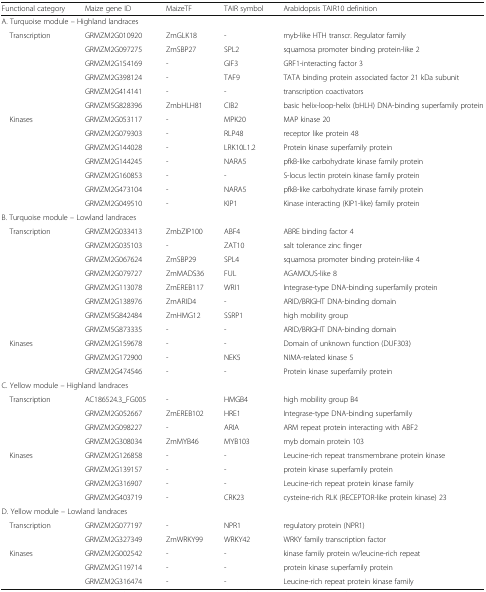
<table><thead><tr><td><b>Functional category</b></td><td><b>Maize gene ID</b></td><td><b>MaizeTF</b></td><td><b>TAIR symbol</b></td><td><b>Arabidopsis TAIR10 definition</b></td></tr></thead><tbody><tr><td colspan="5">A. Turquoise module – Highland landraces</td></tr><tr><td rowspan="6"> Transcription</td><td>GRMZM2G010920</td><td>ZmGLK18</td><td>-</td><td>myb-like HTH transcr. Regulator family</td></tr><tr><td>GRMZM2G097275</td><td>ZmSBP27</td><td>SPL2</td><td>squamosa promoter binding protein-like 2</td></tr><tr><td>GRMZM2G154169</td><td>-</td><td>GIF3</td><td>GRF1-interacting factor 3</td></tr><tr><td>GRMZM2G398124</td><td>-</td><td>TAF9</td><td>TATA binding protein associated factor 21 kDa subunit</td></tr><tr><td>GRMZM2G414141</td><td>-</td><td>-</td><td>transcription coactivators</td></tr><tr><td>GRMZM5G828396</td><td>ZmbHLH81</td><td>CIB2</td><td>basic helix-loop-helix (bHLH) DNA-binding superfamily protein</td></tr><tr><td rowspan="7"> Kinases</td><td>GRMZM2G053117</td><td>-</td><td>MPK20</td><td>MAP kinase 20</td></tr><tr><td>GRMZM2G079303</td><td>-</td><td>RLP48</td><td>receptor like protein 48</td></tr><tr><td>GRMZM2G144028</td><td>-</td><td>LRK10L1.2</td><td>Protein kinase superfamily protein</td></tr><tr><td>GRMZM2G144245</td><td>-</td><td>NARA5</td><td>pfkB-like carbohydrate kinase family protein</td></tr><tr><td>GRMZM2G160853</td><td>-</td><td>-</td><td>S-locus lectin protein kinase family protein</td></tr><tr><td>GRMZM2G473104</td><td>-</td><td>NARA5</td><td>pfkB-like carbohydrate kinase family protein</td></tr><tr><td>GRMZM2G049510</td><td>-</td><td>KIP1</td><td>Kinase interacting (KIP1-like) family protein</td></tr><tr><td colspan="5">B. Turquoise module – Lowland landraces</td></tr><tr><td rowspan="8"> Transcription</td><td>GRMZM2G033413</td><td>ZmbZIP100</td><td>ABF4</td><td>ABRE binding factor 4</td></tr><tr><td>GRMZM2G035103</td><td>-</td><td>ZAT10</td><td>salt tolerance zinc finger</td></tr><tr><td>GRMZM2G067624</td><td>ZmSBP29</td><td>SPL4</td><td>squamosa promoter binding protein-like 4</td></tr><tr><td>GRMZM2G079727</td><td>ZmMADS36</td><td>FUL</td><td>AGAMOUS-like 8</td></tr><tr><td>GRMZM2G113078</td><td>ZmEREB117</td><td>WRI1</td><td>Integrase-type DNA-binding superfamily protein</td></tr><tr><td>GRMZM2G138976</td><td>ZmARID4</td><td>-</td><td>ARID/BRIGHT DNA-binding domain</td></tr><tr><td>GRMZM5G842484</td><td>ZmHMG12</td><td>SSRP1</td><td>high mobility group</td></tr><tr><td>GRMZM5G873335</td><td>-</td><td>-</td><td>ARID/BRIGHT DNA-binding domain</td></tr><tr><td rowspan="3"> Kinases</td><td>GRMZM2G159678</td><td>-</td><td>-</td><td>Domain of unknown function (DUF303)</td></tr><tr><td>GRMZM2G172900</td><td>-</td><td>NEK5</td><td>NIMA-related kinase 5</td></tr><tr><td>GRMZM2G474546</td><td>-</td><td>-</td><td>Protein kinase superfamily protein</td></tr><tr><td colspan="5">C. Yellow module – Highland landraces</td></tr><tr><td rowspan="4"> Transcription</td><td>AC186524.3_FG005</td><td>-</td><td>HMGB4</td><td>high mobility group B4</td></tr><tr><td>GRMZM2G052667</td><td>ZmEREB102</td><td>HRE1</td><td>Integrase-type DNA-binding superfamily</td></tr><tr><td>GRMZM2G098227</td><td>-</td><td>ARIA</td><td>ARM repeat protein interacting with ABF2</td></tr><tr><td>GRMZM2G308034</td><td>ZmMYB46</td><td>MYB103</td><td>myb domain protein 103</td></tr><tr><td rowspan="2"> Kinases</td><td>GRMZM2G126858</td><td>-</td><td>-</td><td>Leucine-rich repeat transmembrane protein kinase</td></tr><tr><td>GRMZM2G139157</td><td>-</td><td>-</td><td>protein kinase superfamily protein</td></tr><tr><td>[EMPTY_CELL]</td><td>GRMZM2G316907</td><td>-</td><td>-</td><td>Leucine-rich repeat protein kinase family</td></tr><tr><td>[EMPTY_CELL]</td><td>GRMZM2G403719</td><td>-</td><td>CRK23</td><td>cysteine-rich RLK (RECEPTOR-like protein kinase) 23</td></tr><tr><td colspan="5">D. Yellow module – Lowland landraces</td></tr><tr><td rowspan="2"> Transcription</td><td>GRMZM2G077197</td><td>-</td><td>NPR1</td><td>regulatory protein (NPR1)</td></tr><tr><td>GRMZM2G327349</td><td>ZmWRKY99</td><td>WRKY42</td><td>WRKY family transcription factor</td></tr><tr><td rowspan="3"> Kinases</td><td>GRMZM2G002542</td><td>-</td><td>-</td><td>kinase family protein w/leucine-rich repeat</td></tr><tr><td>GRMZM2G119714</td><td>-</td><td>-</td><td>protein kinase superfamily protein</td></tr><tr><td>GRMZM2G316474</td><td>-</td><td>-</td><td>Leucine-rich repeat protein kinase family</td></tr></tbody></table>